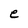
Character: e